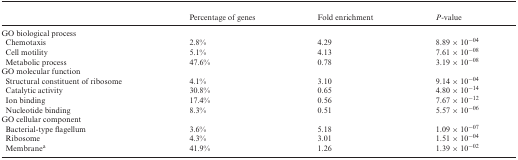
<table><thead><tr><td></td><td><b>Percentage of genes</b></td><td><b>Fold enrichment</b></td><td><b><i>P</i>-value</b></td></tr></thead><tbody><tr><td colspan="4">GO biological process</td></tr><tr><td>Chemotaxis</td><td>2.8%</td><td>4.29</td><td>8.89 × 10<sup>−04</sup></td></tr><tr><td>Cell motility</td><td>5.1%</td><td>4.13</td><td>7.61 × 10<sup>−08</sup></td></tr><tr><td>Metabolic process</td><td>47.6%</td><td>0.78</td><td>3.19 × 10<sup>−08</sup></td></tr><tr><td colspan="4">GO molecular function</td></tr><tr><td>Structural constituent of ribosome</td><td>4.1%</td><td>3.10</td><td>9.14 × 10<sup>−04</sup></td></tr><tr><td>Catalytic activity</td><td>30.8%</td><td>0.65</td><td>4.80 × 10<sup>−14</sup></td></tr><tr><td>Ion binding</td><td>17.4%</td><td>0.56</td><td>7.67 × 10<sup>−12</sup></td></tr><tr><td>Nucleotide binding</td><td>8.3%</td><td>0.51</td><td>5.57 × 10<sup>−06</sup></td></tr><tr><td colspan="4">GO cellular component</td></tr><tr><td>Bacterial-type flagellum</td><td>3.6%</td><td>5.18</td><td>1.09 × 10<sup>−07</sup></td></tr><tr><td>Ribosome</td><td>4.3%</td><td>3.01</td><td>1.51 × 10<sup>−04</sup></td></tr><tr><td>Membrane<sup>a</sup></td><td>41.9%</td><td>1.26</td><td>1.39 × 10<sup>−02</sup></td></tr></tbody></table>